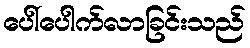
ပေါ်ပေါက်လာခြင်းသည်